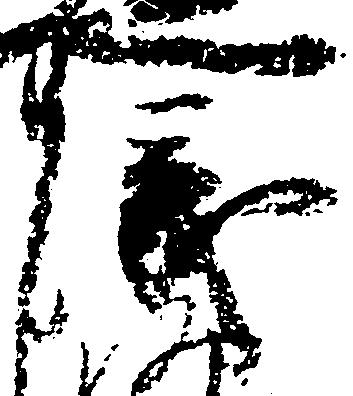
儀